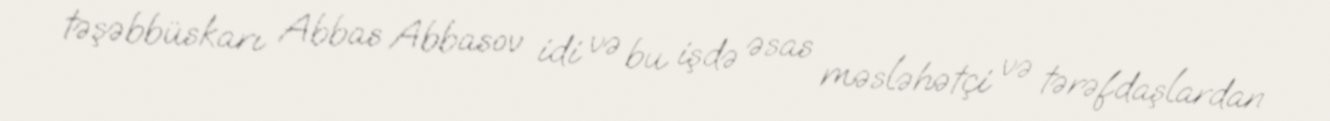
təşəbbüskarı Abbas Abbasov idi və bu işdə əsas məsləhətçi və tərəfdaşlardan